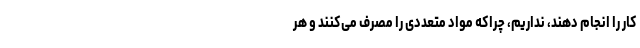
کار را انجام دهند، نداریم، چراکه مواد متعددی را مصرف می‌کنند و هر